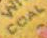
COAL